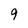
Character: 9